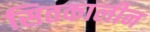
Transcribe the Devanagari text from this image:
सितकालीन